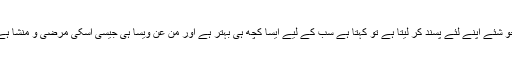
جو شئے اپنے لئے پسند کر لیتا ہے تو کہتا ہے سب کے لیے ایسا کچھ ہی بہتر ہے اور من عن ویسا ہی جیسی اسکی مرضی و منشا ہے۔